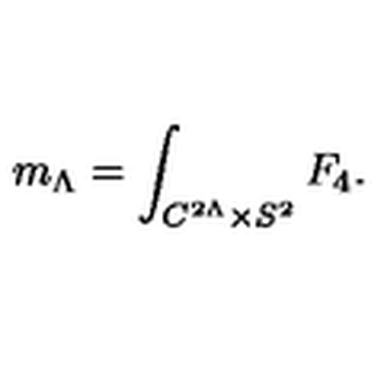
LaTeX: m _ { \Lambda } = \int _ { C ^ { 2 \Lambda } \times S ^ { 2 } } F _ { 4 } .